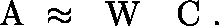
\begin{array} { r } { \ensuremath { { \mathchoice { \mathrm { \boldmath ~ \displaystyle ~ A ~ } } { \mathrm { \boldmath ~ \textstyle ~ A ~ } } { \mathrm { \boldmath ~ \scriptstyle ~ A ~ } } { \mathrm { \boldmath ~ \scriptscriptstyle ~ A ~ } } } } \approx \ensuremath { { \mathchoice { \mathrm { \boldmath ~ \displaystyle ~ W ~ } } { \mathrm { \boldmath ~ \textstyle ~ W ~ } } { \mathrm { \boldmath ~ \scriptstyle ~ W ~ } } { \mathrm { \boldmath ~ \scriptscriptstyle ~ W ~ } } } } \ensuremath { { \mathchoice { \mathrm { \boldmath ~ \displaystyle ~ C ~ } } { \mathrm { \boldmath ~ \textstyle ~ C ~ } } { \mathrm { \boldmath ~ \scriptstyle ~ C ~ } } { \mathrm { \boldmath ~ \scriptscriptstyle ~ C ~ } } } } . } \end{array}